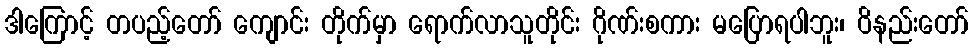
ဒါကြောင့် တပည့်တော် ကျောင်း တိုက်မှာ ရောက်လာသူတိုင်း ဂိုဏ်းစကား မပြောရပါဘူး၊ ဝိနည်းတော်